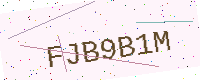
Text: FJB9B1M